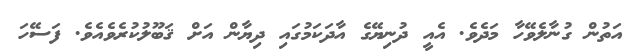
އަތުން ގުނާލެވޭހާ މަދެވެ. އެއީ ދުނިޔޭގެ އާދަކަމުގައި ދިޔާން އަށް ޤަބޫލުކުރެވެއެވެ. ފަސޭހަ